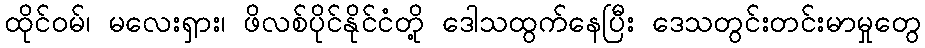
ထိုင်ဝမ်၊ မလေးရှား၊ ဖိလစ်ပိုင်နိုင်ငံတို့ ဒေါသထွက်နေပြီး ဒေသတွင်းတင်းမာမှုတွေ